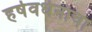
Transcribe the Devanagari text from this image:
हर्षवर्धनाचा